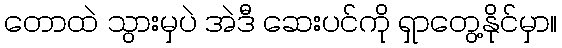
တောထဲ သွားမှပဲ အဲဒီ ဆေးပင်ကို ရှာတွေ့နိုင်မှာ။